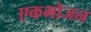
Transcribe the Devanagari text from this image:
एकभोजन